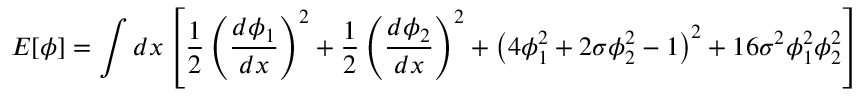
{ \cal E } [ \phi ] = \int d x \left[ \frac { 1 } { 2 } \left( \frac { d \phi _ { 1 } } { d x } \right) ^ { 2 } + \frac { 1 } { 2 } \left( \frac { d \phi _ { 2 } } { d x } \right) ^ { 2 } + \left( 4 \phi _ { 1 } ^ { 2 } + 2 \sigma \phi _ { 2 } ^ { 2 } - 1 \right) ^ { 2 } + 1 6 \sigma ^ { 2 } \phi _ { 1 } ^ { 2 } \phi _ { 2 } ^ { 2 } \right]